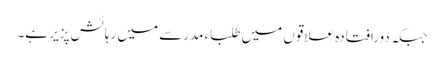
جبکہ دورافتادہ علاقوں میں طلباء مدرسے میں رہائش پزیر ہے۔